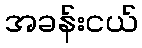
အခန်းငယ်